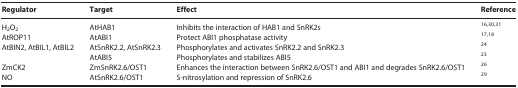
<table><thead><tr><td><b>Regulator</b></td><td><b>Target</b></td><td><b>Effect</b></td><td><b>Reference</b></td></tr></thead><tbody><tr><td>H<sub>2</sub>O<sub>2</sub></td><td>AtHAB1</td><td>Inhibits the interaction of HAB1 and SnRK2s</td><td><sup>16,30,31</sup></td></tr><tr><td>AtROP11</td><td>AtABI1</td><td>Protect ABI1 phosphatase activity</td><td><sup>17,18</sup></td></tr><tr><td>AtBIN2, AtBIL1, AtBIL2</td><td>AtSnRK2.2, AtSnRK2.3</td><td>Phosphorylates and activates SnRK2.2 and SnRK2.3</td><td><sup>24</sup></td></tr><tr><td> </td><td>AtABI5</td><td>Phosphorylates and stabilizes ABI5</td><td><sup>23</sup></td></tr><tr><td>ZmCK2</td><td>ZmSnRK2.6/OST1</td><td>Enhances the interaction between SnRK2.6/OST1 and ABI1 and degrades SnRK2.6/OST1</td><td><sup>26</sup></td></tr><tr><td>NO</td><td>AtSnRK2.6/OST1</td><td>S-nitrosylation and repression of SnRK2.6</td><td><sup>29</sup></td></tr></tbody></table>